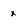
Character: x